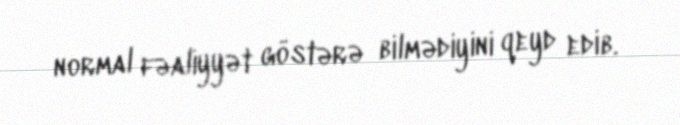
normal fəaliyyət göstərə bilmədiyini qeyd edib.